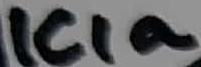
Text: ICIa